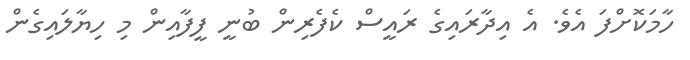
ހާމަކޮށްފަ އެވެ. އެ އިދާރައިގެ ރައީސް ކެފެރިން ބުނީ ފީފާއިން މި ހިޔާލައިގެން